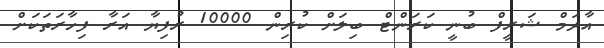
އާދަމް ޝަރީފް ބުނީ ކަރަންޓް ބިލަށް ކުރިން 10000 ރުފިޔާ އަރާ ފިހާރަތަކަށް